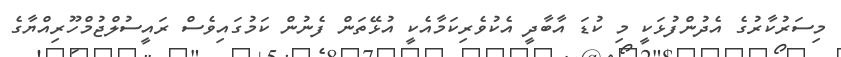
މިސަރުކާރުގެ އެދުންފުޅަކީ މި ކުޑަ އާބާދީ އެކުވެރިކަމާއެކީ އުޅޭތަން ފެނުން ކަމުގައިވެސް ރައީސުލްޖުމްހޫރިއްޔާގެ